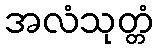
အလံသုတ္တံ